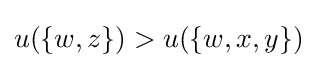
u(\{w,z\})>u(\{w,x,y\})